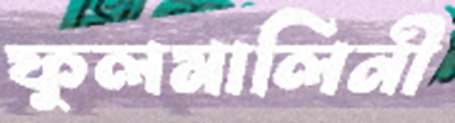
ফুলমালিনী